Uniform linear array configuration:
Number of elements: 12
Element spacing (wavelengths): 1
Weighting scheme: cosine
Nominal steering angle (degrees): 60
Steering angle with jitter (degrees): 60.706
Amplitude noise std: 0.05
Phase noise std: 0.05

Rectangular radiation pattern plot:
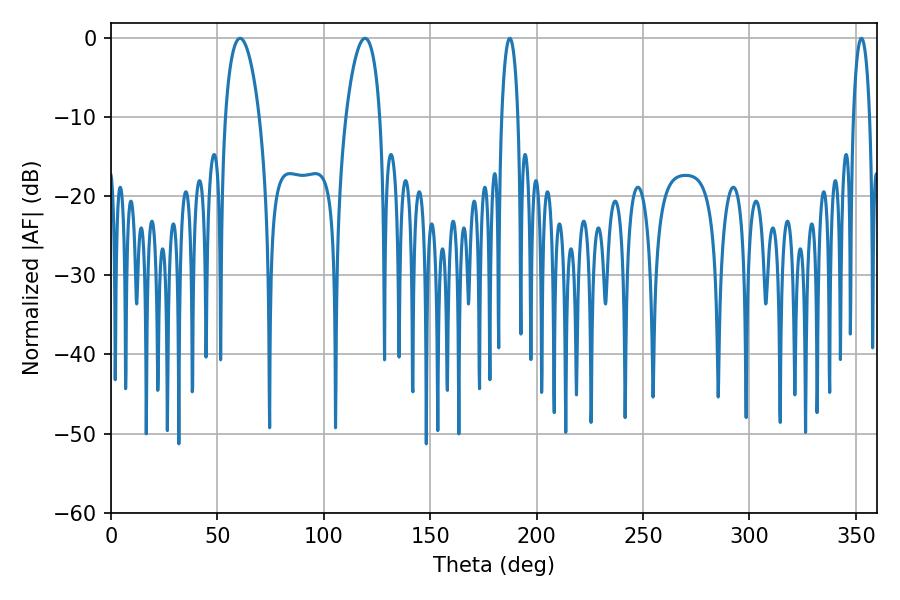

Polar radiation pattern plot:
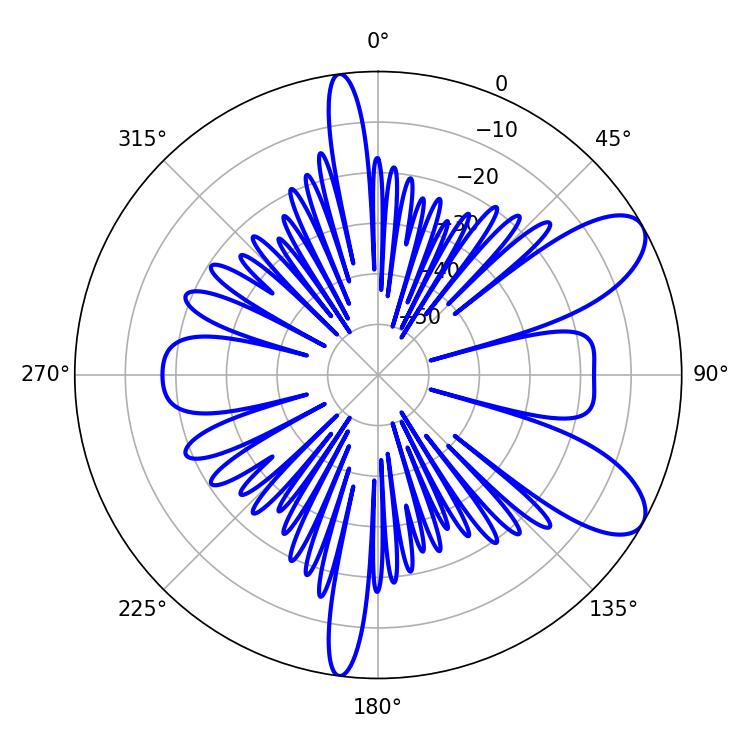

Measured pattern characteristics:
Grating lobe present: TRUE
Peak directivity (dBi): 8.677
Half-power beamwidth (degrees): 4.32
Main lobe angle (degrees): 187.38